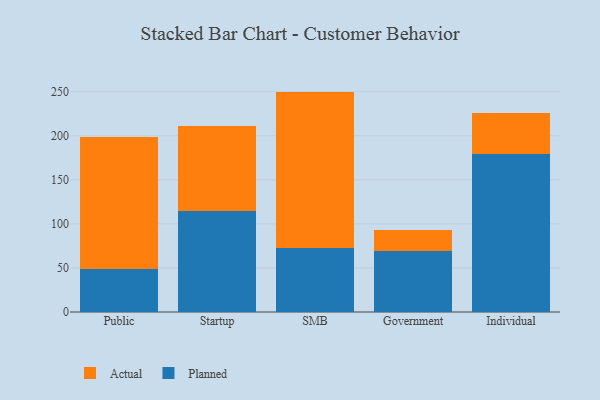
{"axis": {"x": "Segment", "y": "Bounce Rate (%)"}, "legend": ["Actual", "Planned"], "data": [{"x": "Public", "y": 48.8, "type": "Planned"}, {"x": "Public", "y": 150.2, "type": "Actual"}, {"x": "Startup", "y": 114.7, "type": "Planned"}, {"x": "Startup", "y": 96.4, "type": "Actual"}, {"x": "SMB", "y": 72.4, "type": "Planned"}, {"x": "SMB", "y": 177.7, "type": "Actual"}, {"x": "Government", "y": 69.1, "type": "Planned"}, {"x": "Government", "y": 23.6, "type": "Actual"}, {"x": "Individual", "y": 179.4, "type": "Planned"}, {"x": "Individual", "y": 46.7, "type": "Actual"}]}